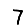
Digit: 7